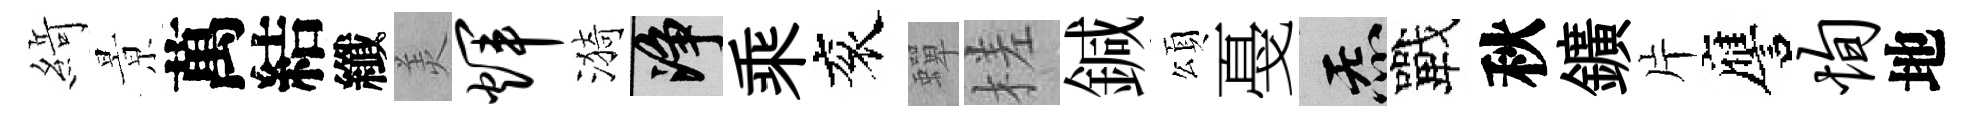
𦂶㬌萬結纖羙辉漪净乘衮蟬槎鍼頌戞炁戰秋鑛片譍恂地